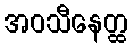
အဝသီနေတ္ထ